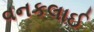
વનકલાઈ